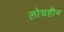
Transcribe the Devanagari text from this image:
लोचहीन